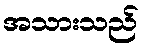
အသားသည်